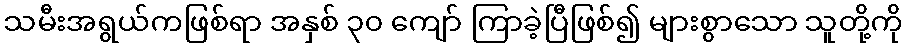
သမီးအရွယ်ကဖြစ်ရာ အနှစ် ၃၀ ကျော် ကြာခဲ့ပြီဖြစ်၍ များစွာသော သူတို့ကို